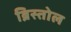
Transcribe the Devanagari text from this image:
ब्रिस्तोल